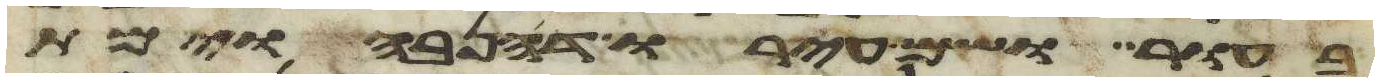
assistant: בעור ושם עירו דנהבה וימת